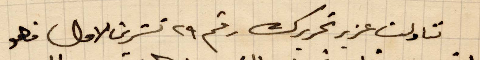
تناولت عزيز تحريرك رقم ٢٩ تشرين الأول فهو